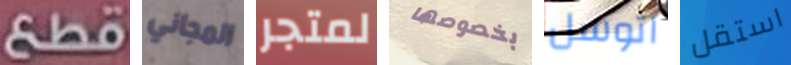
قطع المجاني لمتجر بخصوصها اتوسل استقل